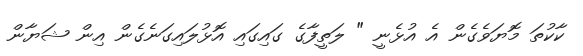
ކާކުތަ މޮޔަވެގެން އެ އުޅެނީ " ލަތީފާގެ ގައިގައި އޮޅުލައިގަނެގެން އިން ޝަޔާން